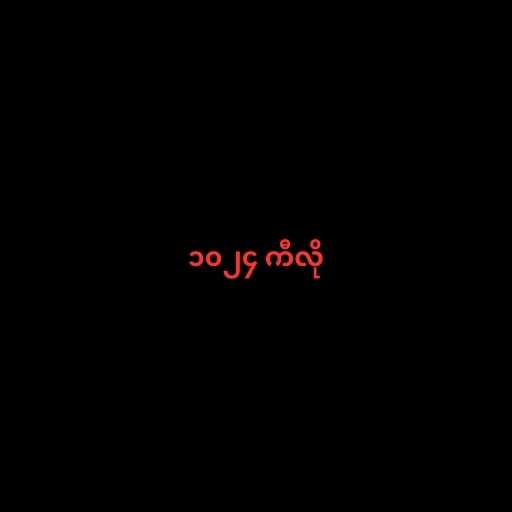
၁၀၂၄ ကီလို